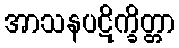
အာသနပဋိက္ခိတ္တာ